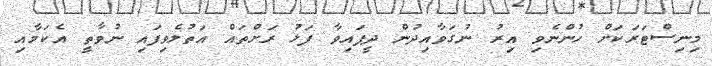
މިނިސްޓަރަކަށް ހުންނެވި އިރު ނުގަވާއިދުން ދީފައިވާ ފަޅު ރަށްތައް އަތުލެވިފައި ނުވާތީ އެކަމާއި